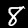
Label: 8